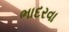
ભાદરવા